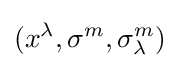
(x^{\lambda },\sigma ^{m},\sigma _{\lambda }^{m})